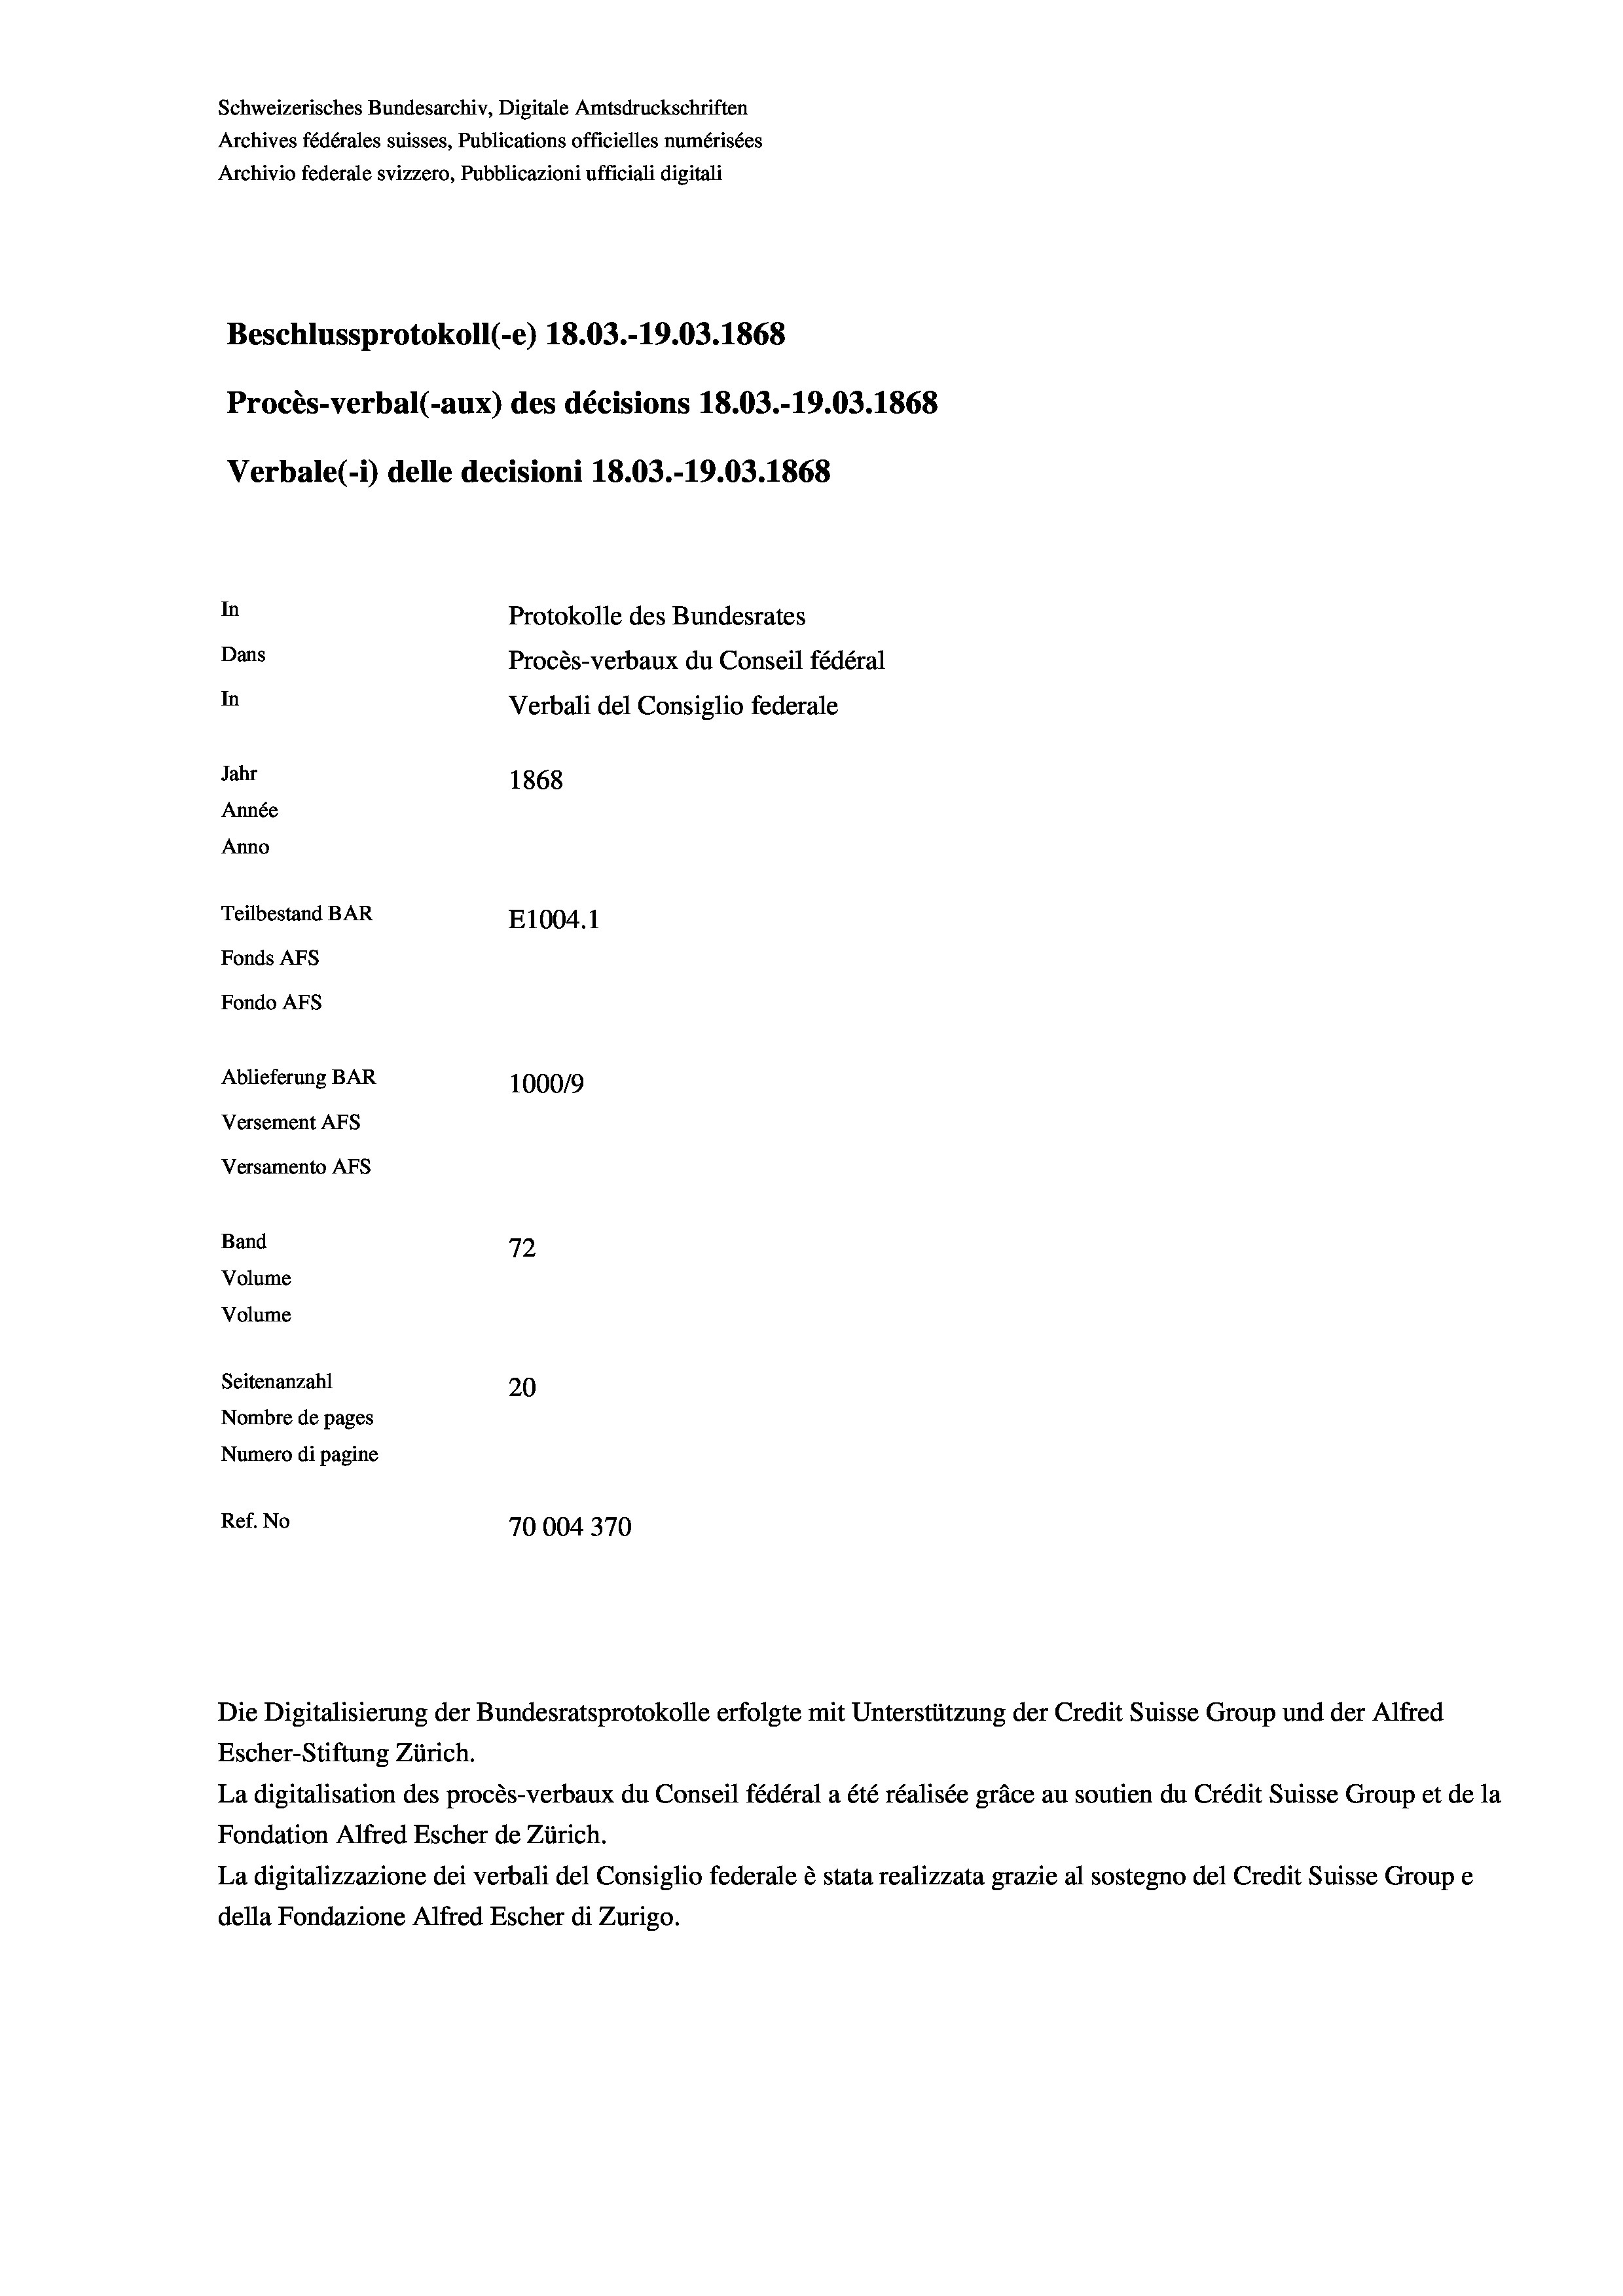
Schweizerisches Bundesarchiv, Digitale Amtsdruckschriften
Archives fédérales suisses, Publications officielles numérisées
Archivio federale svizzero, Pubblicazioni ufficiali digitali
Beschlussprotokoll (-e) 18.03.-19.03. 1868
Procès-verbal (-aux) des décisions 18.03.-19.03. 1868
Verbale (i) delle decisioni 18.03.-19.03. 1868
In
Protokolle des Bundesrates
Dans
Procès-verbaux du Conseil fédéral
In
Verbali del Consiglio federale
Jahr
1868
Année
Anno
Teilbestand BAR
E1004. 1
Fonds AFs
Fondo Afs
Ablieferung BAR
100019
Versement AFs
Versamento Afs
7.
Band
12
Volume
Volume
Seitenanzahl
20
Nombre de pages
Numero di pagine
Ref. No
70004370

Die Digitalisierung der Bundesratsprotokolle erfolgte mit Unterstützung der Credit Suisse Group und der Alfred
Escher-Stiftung Zürich.

La digitalisation des procès-verbaux du Conseil fédéral a été réalisée gräce au soutien du Crédit Suisse Group et de la
Fondation Alfred Escher de Zürich.
La digitalizzazione dei verbali del Consiglio federale è stata realizzata grazie al sostegno del Credit Suisse Groupe
della Fondazione Alfred Escher di Zurigo.